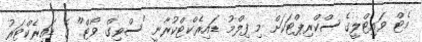
މެޓް ވައިޓްލީގެ ސްކްރިޕްޓަކަށް މި ފިލްމު ޑައިރެކްޓްކުރާނީ "ސްވިގް ވޯޓް" ގެ ޑައިރެކްޓަރު